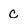
Character: C